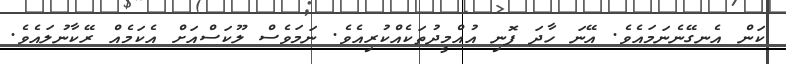
ކަން އެނގޭނެނަމައެވެ. އޭނަ ހާދަ ފޮނި އުއްމީދުތަކެއްކުރިއެވެ. ނަމަވެސް ލޫކަސްއަށް އެކަމެއް ރޭކާނުލައެވެ.